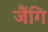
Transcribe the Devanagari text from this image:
जैंगि